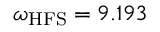
\omega _ { \mathrm { { H F S } } } = 9 . 1 9 3